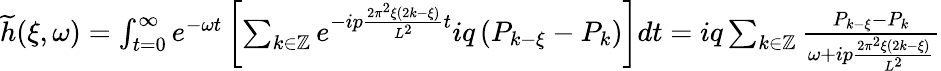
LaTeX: \begin{array}{c}{\widetilde{h}(\xi,\omega)=\int_{t=0}^{\infty}e^{-\omega t}\left[\sum_{k\in\mathbb{Z}}e^{-ip\frac{2\pi^{2}\xi(2k-\xi)}{L^{2}}t}iq\left(P_{k-\xi}-P_{k}\right)\right]dt=iq\sum_{k\in\mathbb{Z}}\frac{P_{k-\xi}-P_{k}}{\omega+ip\frac{2\pi^{2}\xi(2k-\xi)}{L^{2}}}}\end{array}